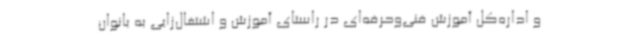
و اداره‌کل آموزش فنی‌وحرفه‌ای در راستای آموزش و اشتغال‌زایی به بانوان